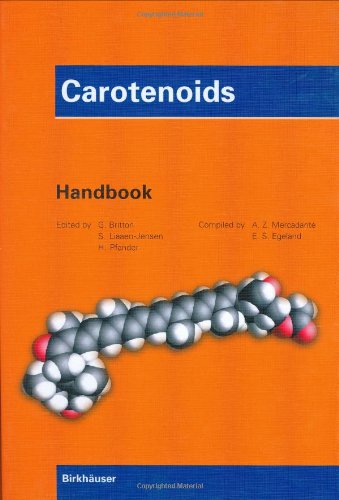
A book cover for Carotenoids: Handbook; Medical Books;